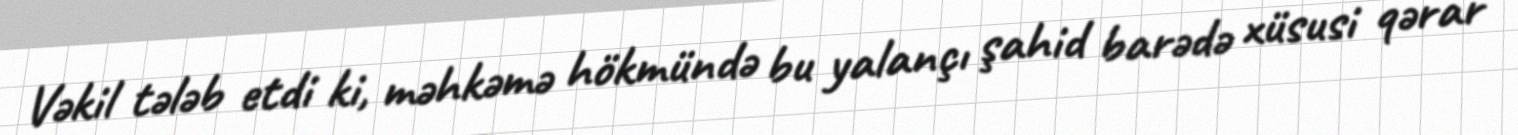
Vəkil tələb etdi ki, məhkəmə hökmündə bu yalançı şahid barədə xüsusi qərar